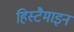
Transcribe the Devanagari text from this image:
हिस्टैमाइन